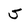
Character: 5